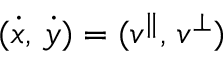
( \dot { x } , \, \dot { y } ) = ( v ^ { \| } , \, v ^ { \perp } )